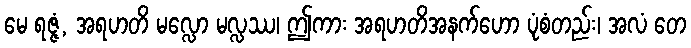
မေ ရဇ္ဇံ, အရဟတိ မလ္လော မလ္လဿ၊ ဤကား အရဟတိအနက်ဟော ပုံစံတည်း၊ အလံ တေ